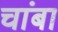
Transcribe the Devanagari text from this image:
चांबा